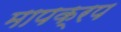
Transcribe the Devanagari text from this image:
मापक्रप